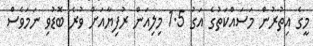
މީގެ އިތުރުން މަސައްކަތުގެ އަގު 1.5 މިލިއަން ރުފިޔާއަށް ވުރެ ބޮޑުވި ނަމަވެސް